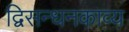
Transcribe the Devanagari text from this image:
द्विसन्धनकाव्य